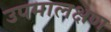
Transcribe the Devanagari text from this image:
उपमालक्षण